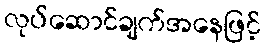
လုပ်ဆောင်ချက်အနေဖြင့်